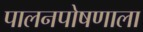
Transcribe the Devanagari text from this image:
पालनपोषणाला